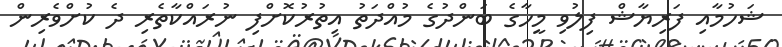
ޝަހުމާއި ފަރިޔާޝް ފިލުވި މީހާގެ ބަންދުގެ މުއްދަތު އިތުރުކޮށްފި ނުރައްކާތެރި ދެ ކުށްވެރިން